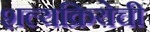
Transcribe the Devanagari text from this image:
शल्यक्रियेची